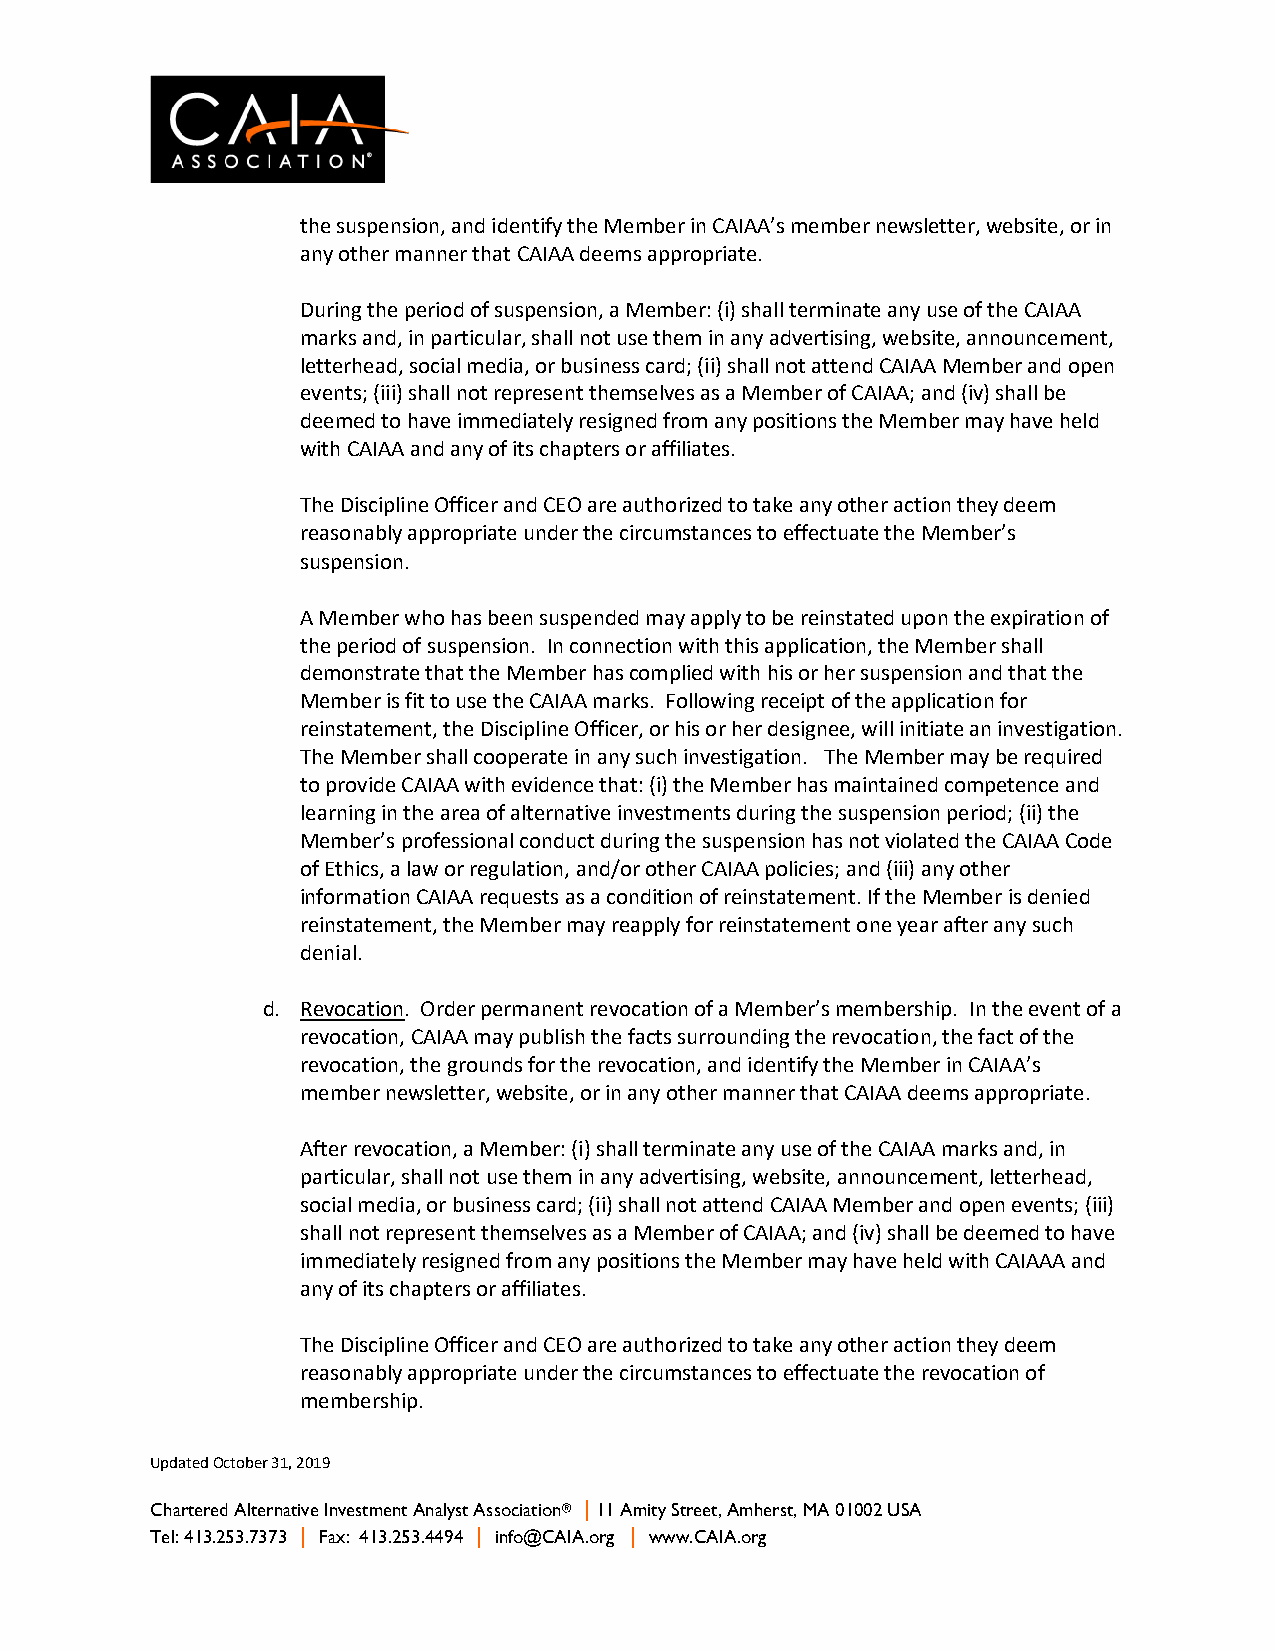
the suspension, and identify the Member in CAIAA’s member newsletter, website, or in
 any other manner that CAIAA deems appropriate.
 During the period of suspension, a Member: (i) shall terminate any use of the CAIAA
 marks and, in particular, shall not use them in any advertising, website, announcement,
 letterhead, social media, or business card; (ii) shall not attend CAIAA Member and open
 events; (iii) shall not represent themselves as a Member of CAIAA; and (iv) shall be
 deemed to have immediately resigned from any positions the Member may have held
 with CAIAA and any of its chapters or affiliates.
 The Discipline Officer and CEO are authorized to take any other action they deem
 reasonably appropriate under the circumstances to effectuate the Member’s
 suspension.
 A Member who has been suspended may apply to be reinstated upon the expiration of
 the period of suspension. In connection with this application, the Member shall
 demonstrate that the Member has complied with his or her suspension and that the
 Member is fit to use the CAIAA marks. Following receipt of the application for
 reinstatement, the Discipline Officer, or his or her designee, will initiate an investigation.
 The Member shall cooperate in any such investigation. The Member may be required
 to provide CAIAA with evidence that: (i) the Member has maintained competence and
 learning in the area of alternative investments during the suspension period; (ii) the
 Member’s professional conduct during the suspension has not violated the CAIAA Code
 of Ethics, a law or regulation, and/or other CAIAA policies; and (iii) any other
 information CAIAA requests as a condition of reinstatement. If the Member is denied
 reinstatement, the Member may reapply for reinstatement one year after any such
 denial.
 d. Revocation. Order permanent revocation of a Member’s membership. In the event of a
 revocation, CAIAA may publish the facts surrounding the revocation, the fact of the
 revocation, the grounds for the revocation, and identify the Member in CAIAA’s
 member newsletter, website, or in any other manner that CAIAA deems appropriate.
 After revocation, a Member: (i) shall terminate any use of the CAIAA marks and, in
 particular, shall not use them in any advertising, website, announcement, letterhead,
 social media, or business card; (ii) shall not attend CAIAA Member and open events; (iii)
 shall not represent themselves as a Member of CAIAA; and (iv) shall be deemed to have
 immediately resigned from any positions the Member may have held with CAIAAA and
 any of its chapters or affiliates.
 The Discipline Officer and CEO are authorized to take any other action they deem
 reasonably appropriate under the circumstances to effectuate the revocation of
 membership.
 Updated October 31, 2019
 Chartered Alternative Investment Analyst Association® | 11 Amity Street, Amherst, MA 01002 USA
 Tel: 413.253.7373 | Fax: 413.253.4494 | info@CAIA.org | www.CAIA.org